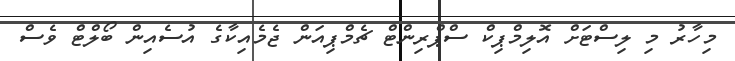
މިހާރު މި ލިސްޓަށް އޮލިމްޕިކް ސްޕްރިންޓް ޗެމްޕިއަން ޖެމެއިކާގެ އުސެއިން ބޯލްޓް ވެސް